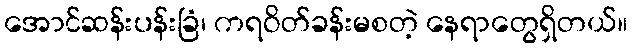
အောင်ဆန်းပန်းခြံ၊ ကရဝိတ်ခန်းမစတဲ့ နေရာတွေရှိတယ်။